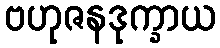
ဗဟုဇနဒုက္ခာယ